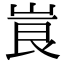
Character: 崀